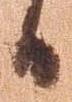
候